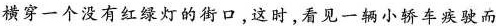
横穿一个没有红绿灯的街口，这时，看见一辆小轿车疾驶而